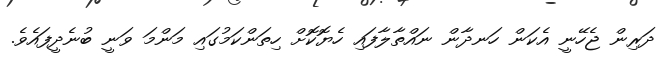
ދަރިން ޖެހޭނީ އެކަން ހަނދާން ނައްތާލާފައި ހެޔޮކޮށް ހިތަންކަމުގައި މަންމަ ވަނީ ބުނެދީފައެވެ.